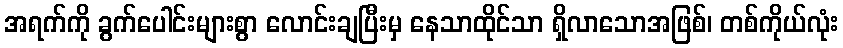
အရက်ကို ခွက်ပေါင်းများစွာ လောင်းချပြီးမှ နေသာထိုင်သာ ရှိလာသောအဖြစ်၊ တစ်ကိုယ်လုံး